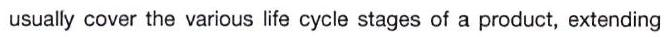
usually cover the various life cycle stages of a product, extending